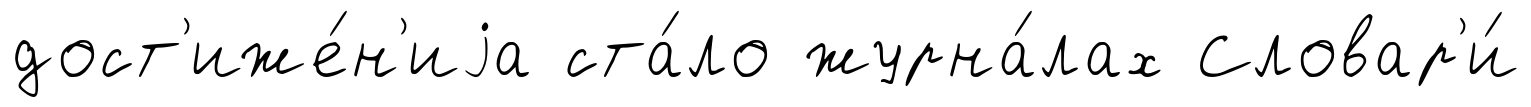
дост'иже́н'иjа ста́ло журна́лах Словар'и́